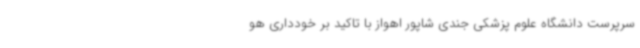
سرپرست دانشگاه علوم پزشکی جندی شاپور اهواز با تاکید بر خودداری هو